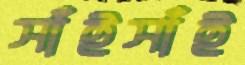
সাঁইসাঁই